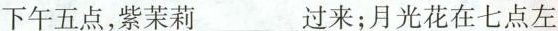
下午五点，紫茉莉___过来；月光花在七点左